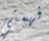
فهمتي